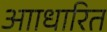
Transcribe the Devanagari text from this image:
आाधारित